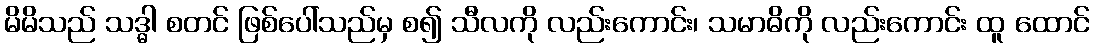
မိမိသည် သဒ္ဓါ စတင် ဖြစ်ပေါ်သည်မှ စ၍ သီလကို လည်းကောင်း၊ သမာဓိကို လည်းကောင်း ထူ ထောင်